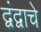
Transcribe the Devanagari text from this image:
द्वंद्वाचे